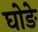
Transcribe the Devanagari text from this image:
घोङे